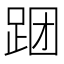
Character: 𲃝